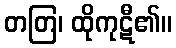
တတြ၊ ထိုကုဋီ၏။